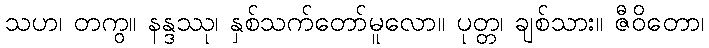
သဟ၊ တကွ။ နန္ဒဿု၊ နှစ်သက်တော်မူလော။ ပုတ္တ၊ ချစ်သား။ ဇီဝိတော၊